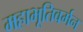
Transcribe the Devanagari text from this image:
महाभूतिवर्मन